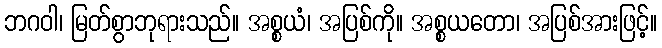
ဘဂဝါ၊ မြတ်စွာဘုရားသည်။ အစ္စယံ၊ အပြစ်ကို။ အစ္စယတော၊ အပြစ်အားဖြင့်။